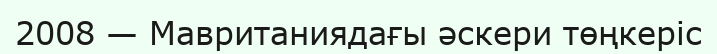
2008 — Мавританиядағы әскери төңкеріс